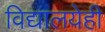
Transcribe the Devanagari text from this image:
विद्यालयेही